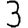
Digit: 3